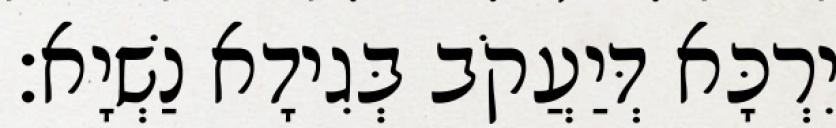
יִרְכָּא דְּיַעֲקֹב בְּגִידָא נַשְׁיָא׃